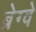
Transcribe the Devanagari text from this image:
ब्रेग्वे